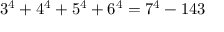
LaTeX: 3 ^ { 4 } + 4 ^ { 4 } + 5 ^ { 4 } + 6 ^ { 4 } = 7 ^ { 4 } - 1 4 3